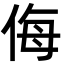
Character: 侮